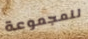
للمجموعة